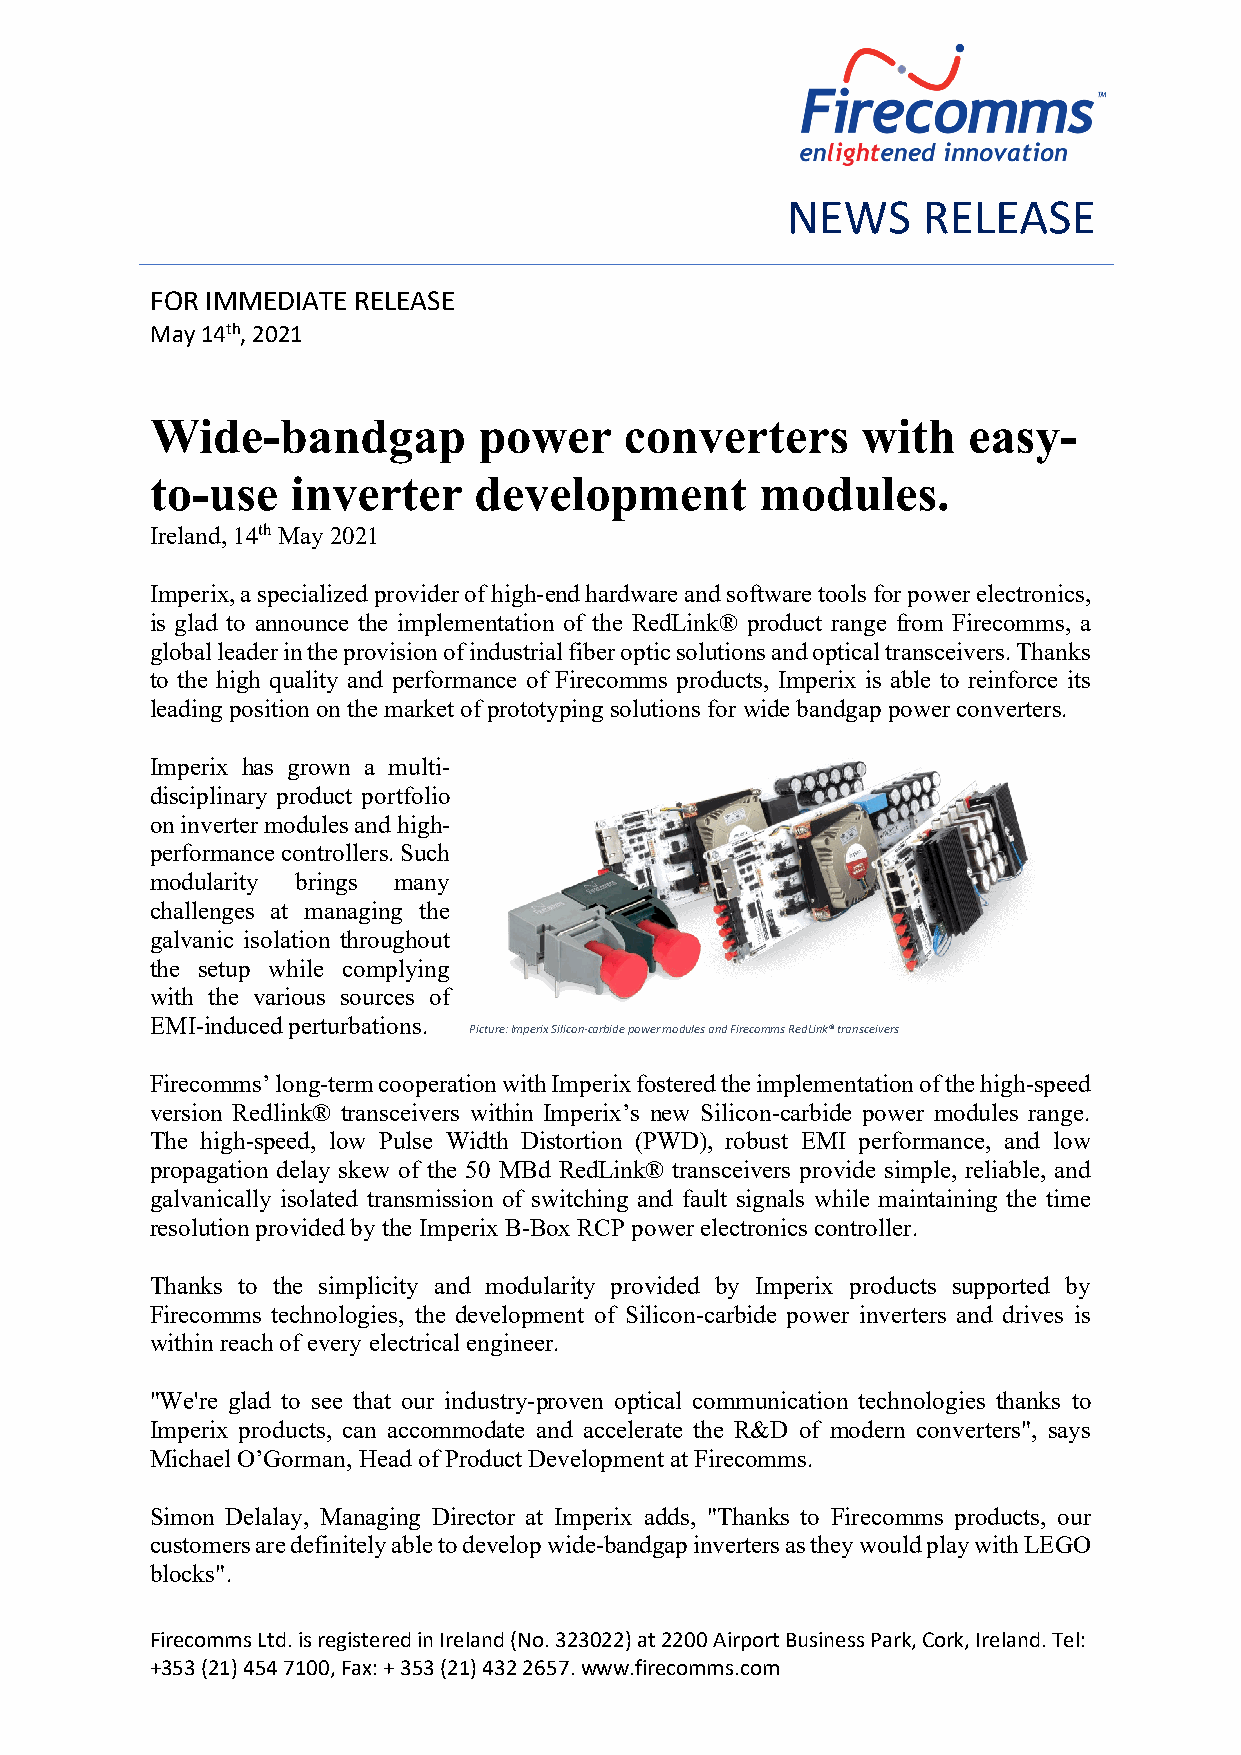
NEWS     RELEASE
 FOR IMMEDIATE RELEASE
 May 14th, 2021
 Wide-bandgap          power    converters      with   easy-
 to-use   inverter    development        modules.
 Ireland, 14th May 2021
 Imperix, a specialized provider of high-end hardware and software tools for power electronics,
 is glad to announce the implementation of the RedLink® product range from Firecomms, a
 global leader in the provision of industrial fiber optic solutions and optical transceivers. Thanks
 to the high quality and performance of Firecomms products, Imperix is able to reinforce its
 leading position on the market of prototyping solutions for wide bandgap power converters.
 Imperix has grown a multi-
 disciplinary product portfolio
 on inverter modules and high-
 performance controllers. Such
 modularity brings many
 challenges at managing the
 galvanic isolation throughout
 the setup while complying
 with the various sources of
 EMI-induced perturbations.
 Picture: Imperix Silicon-carbide power modules and Firecomms RedLink® transceivers
 Firecomms’ long-term cooperation with Imperix fostered the implementation of the high-speed
 version Redlink® transceivers within Imperix’s new Silicon-carbide power modules range.
 The high-speed, low Pulse Width Distortion (PWD), robust EMI performance, and low
 propagation delay skew of the 50 MBd RedLink® transceivers provide simple, reliable, and
 galvanically isolated transmission of switching and fault signals while maintaining the time
 resolution provided by the Imperix B-Box RCP power electronics controller.
 Thanks to the simplicity and modularity provided by Imperix products supported by
 Firecomms technologies, the development of Silicon-carbide power inverters and drives is
 within reach of every electrical engineer.
 "We're glad to see that our industry-proven optical communication technologies thanks to
 Imperix products, can accommodate and accelerate the R&D of modern converters", says
 Michael O’Gorman, Head of Product Development at Firecomms.
 Simon Delalay, Managing Director at Imperix adds, "Thanks to Firecomms products, our
 customers are definitely able to develop wide-bandgap inverters as they would play with LEGO
 blocks".
 Firecomms Ltd. is registered in Ireland (No. 323022) at 2200 Airport Business Park, Cork, Ireland. Tel:
 +353 (21) 454 7100, Fax: + 353 (21) 432 2657. www.firecomms.com